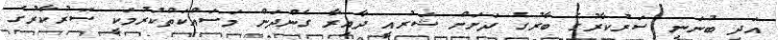
އަދި ބުނަނީ ސަރުކާރުގެ ބާރުގެ ދަށަށް ޝަރުއީ ދާއިރާ ގެންދަން މަސައްކަތްކުރުމަކީ ސަރުކާރުގެ